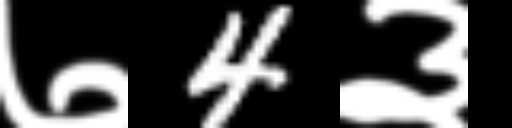
Text: ७4३